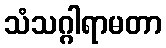
သံသဂ္ဂါရာမတာ